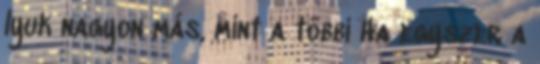
lyuk nagyon más, mint a többi Ha egyszer a